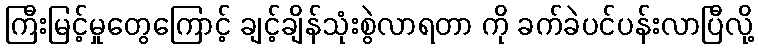
ကြီးမြင့်မှုတွေကြောင့် ချင့်ချိန်သုံးစွဲလာရတာ ကို ခက်ခဲပင်ပန်းလာပြီလို့